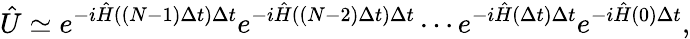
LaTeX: \hat{U}\simeq e^{-i\hat{H}((N-1)\Delta t)\Delta t}e^{-i\hat{H}((N-2)\Delta t)\Delta t}\cdots e^{-i\hat{H}(\Delta t)\Delta t}e^{-i\hat{H}(0)\Delta t},